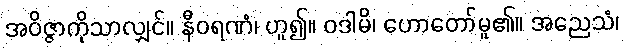
အဝိဇ္ဇာကိုသာလျှင်။ နီဝရဏံ၊ ဟူ၍။ ဝဒါမိ၊ ဟောတော်မူ၏။ အညေသံ၊